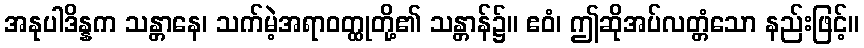
အနုပါဒိန္နက သန္တာနေ၊ သက်မဲ့အရာဝတ္ထုတို့၏ သန္တာန်၌။ ဧဝံ၊ ဤဆိုအပ်လတ္တံသော နည်းဖြင့်။